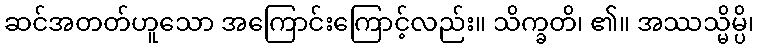
ဆင်အတတ်ဟူသော အကြောင်းကြောင့်လည်း။ သိက္ခတိ၊ ၏။ အဿသ္မိမ္ပိ၊